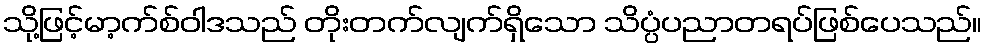
သို့ဖြင့်မာ့က်စ်ဝါဒသည် တိုးတက်လျက်ရှိသော သိပ္ပံပညာတရပ်ဖြစ်ပေသည်။